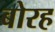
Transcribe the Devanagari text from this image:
बोरह